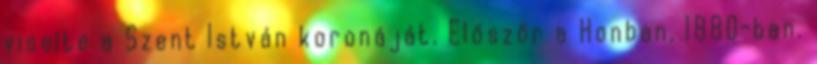
viselte a Szent István koronáját. Először a Honban, 1880-ban.